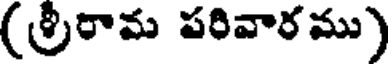
(శ్రీరామ పరివారము)